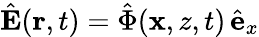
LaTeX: \hat{\mathbf{E}}(\mathbf{r},t)=\hat{\Phi}(\mathbf{x},z,t)\, \hat{\mathbf{e}}_{x}